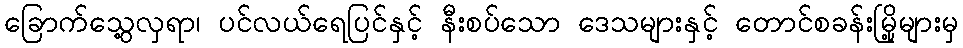
ခြောက်သွေ့လှရာ၊ ပင်လယ်ရေပြင်နှင့် နီးစပ်သော ဒေသများနှင့် တောင်စခန်းမြို့များမှ